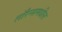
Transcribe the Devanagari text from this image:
लॉरेन्समधील